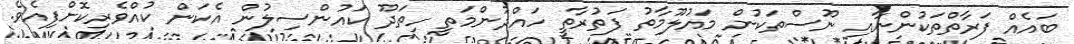
ބައެއް ފަރާތްތަކުންނާއި ނޫސްތަކުން މައުލޫމާތު ފަތުރާތީ ހައްދުންމަތީ ހިތަދޫ ކައުންސިލުން އެކަން ކުއްވެރިކޮށްފިއެވެ.